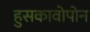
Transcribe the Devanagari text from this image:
हुसकावोपोन